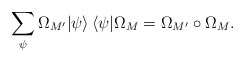
\begin{align*}\sum_\psi\Omega_{M'}|\psi\rangle\, \langle\psi|\Omega_{M} =\Omega_{M'}\circ\Omega_{M} .\end{align*}